Malarial fevers
Disease focus: Malaria
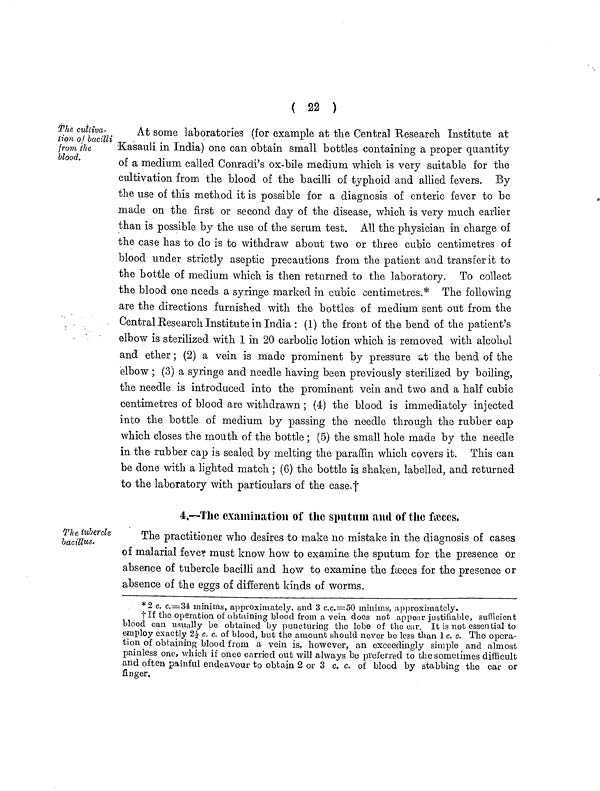
( 22 )
The. cultiva-
tion of lacilli
from the
blood.
At some laboratories (for example at the Central Research Institute at
Kasauli in India) one can obtain small bottles containing a proper quantity
of a medium called Conradi's ox-bile medium which is very suitable for the
cultivation from the blood of the bacilli of typhoid and allied fevers. By
the use of this method it is possible for a diagnosis of enteric fever to be
made on the first or second day of the disease, which is very much earlier
than is possible by the use of the serum test. All the physician in charge of
the case has to do is to withdraw about two or three cubic centimetres of
blood under strictly aseptic precautions from the patient and transfer it to
the bottle of medium which is then returned to the laboratory. To collect
the blood one needs a syringe marked in cubic centimetres.* The following
are the directions furnished with the bottles of medium sent out from the
Central Research Institute in India : (1) the front of the bend of the patient's
elbow is sterilized with 1 in 20 carbolic lotion which is removed with alcohol
and ether ; (2) a vein is made prominent by pressure at the bend of the
elbow ; (3) a syringe and needle having been previously sterilized by boiling,
the needle is introduced into the prominent vein and two and a half cubic
centimetres of blood are withdrawn ; (4) the blood is immediately injected
into the bottle of medium by passing the needle through the rubber cap
which closes the mouth of the bottle ; (5) the small hole made by the needle
in the rubber cap is sealed by melting the paraffin which covers it. This can
be done with a lighted match ; (6) the bottle is shaken, labelled, and returned
to the laboratory with particulars of the case.†
4.—The examination of the sputum and of the fæces,
The tubercle
bacillus.
The practitioner who desires to make no mistake in the diagnosis of cases
of malarial fever must know how to examine the sputum for the presence or
absence of tubercle bacilli and how to examine the fæces for the presence or
absence of the eggs of different kinds of worms.
*2 c. c.=34 minims, approximately, and 3 c.c.=50 minims, approximately.
† If the operation of obtaining blood from a vein does not appear justifiable, sufficient
blood can usually be obtained by puncturing the lobe of the car. It is not essential to
employ exactly 2½ c. c. of blood, but the amount should never be less than 1 c. c. The opera-
tion of obtaining blood from a vein is, however, an exceedingly simple and almost
painless one, which if once carried out will always be preferred to the sometimes difficult
and often painful endeavour to obtain 2 or 3 c. c. of blood by stabbing the ear or
finger.